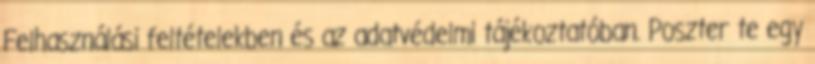
Felhasználási feltételekben és az adatvédelmi tájékoztatóban. Poszter te egy